Annual administration report of the Civil Veterinary Department of India - 1898-1899
Year: 1898
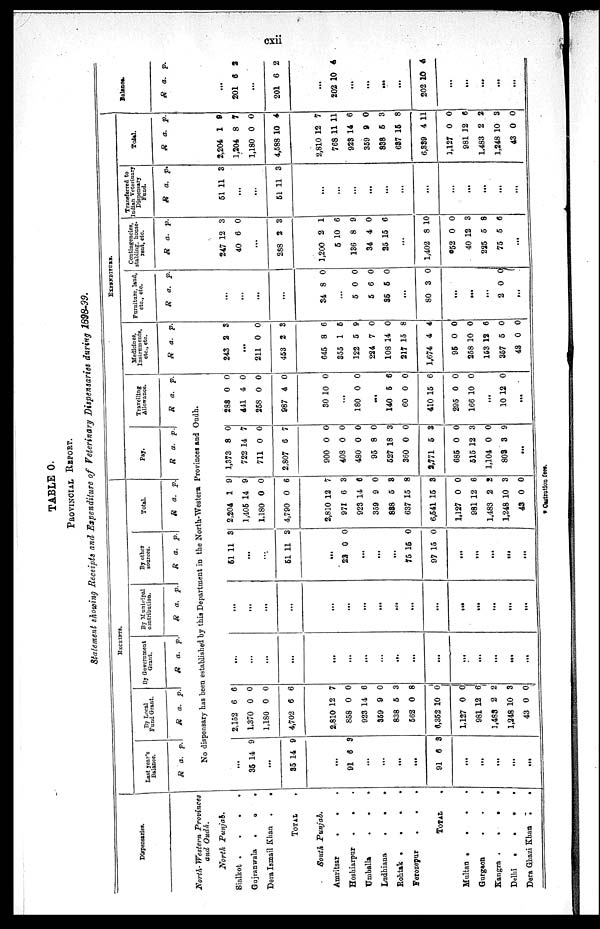
cxii
TABLE O.
PROVINCIAL REPORT.
Statement showing Receipts and Expenditure of Veterinary Dispensaries during 1898-99.
Dispenserles.
North- Western Provinces
and Oudh.
North Punjab.
Sialkot .
.
.
.
Gujranwala
.
.
.
Dera Ismail Khan
.
.
TOTAL
.
South Punjab.
Amritsar
.
.
.
Hoshiarpur
. . .
Umballa
.
.
.
Ludhiana
.
.
.
Rohtak
.
.
.
.
Ferozepur
.
.
..
TOTAL .
Multan
.
.
.
.
Gurgaon
.
.
.
Kangra
.
.
.
Delhi
.
.
.
.
Dera Ghazi Khan
.
.
RECEIPTS.
Last year's
Balance.
R a. p.
By Local
Fund Grant.
R a. p.
By Government
Grant.
R a. p.
By Municipal
contribution.
R a. p.
By other
sources.
R a. p.
Total.
R a. p.
EXPENDITURS.
Pay.
R a. p.
Travelling
Allowance.
R a. p.
Medicines
Instruments
etc., etc.
R a. p.
Furniture land,
etc., etc
R a. p.
Contingencies
stabling, house
rent, etc.
R a. p.
Transferred to
Indian Veterinary
Dispensary
Fund.
R a. p.
Total.
R a. p.
Balance.
R a. p.
No dispensary has been established by this Department in the North-Western Provinces and Oudh.
...
35 14 9
...
35 14 9
...
91 6 9
...
...
...
...
91 6 3
...
...
...
...
...
2,152
1,370
1,180
4,702
6
0
0
6
6
0
0
6
2,810
858
923
359
838
562
6,352
1,127
981
1,483
1,248
43
12
0
14
9
5
0
10
0
12
2
10
0
7
0
6
0
3
8
0
0
6
2
3
0
...
...
...
...
...
...
...
...
...
...
...
...
...
...
...
...
...
...
...
...
...
...
...
...
...
...
...
...
...
...
...
...
51 11 3
...
...
51 11 3
...
22 0 0
...
...
...
75
97
15
15
0
0
...
...
...
...
...
2,204
1,405
1,180
4,790
1
14
0
0
9
9
0
6
2,810
971
923
359
838
637
6,541 1
1,127
981
1,483
1,248
43
12
6
14
9
5
15
5
0
12
2
10
0
7
3
6
0
8
8
3
0
6
2
3
0
1,373
722
711
2,807
8
14
0
6
0
7
0
7
900
408
480
95
527
360
8,771
685
515 1
1,104
803
0
0
0
8
18
0
5
0
2
0 0
3 9
0
0
0
0
3
0
3
0
3
...
288
441
258
987
0
4
0
4
0
0
0
0
30 10 0
...
180 0 0
...
140
60
410
295
166
5
0
15
0
10
6
0
6
0
0
...
10 12 0
...
243 2 3
...
211
453
0
2
0
3
645
355
122
224
108
217
1,674
95
258
153
357
43
8
1
5
7
14
15
4
0
10
12
5
0
6
5
9
0
0
8
4
0
0
6
0
0
...
...
...
...
34 8 0
...
5
5
35
0
6
5
0
0
0
...
80 3 0
...
...
...
2 0 0
...
247
40
12
6
3
0
...
288 2 3
1,200
5
136
34
25
2
10
8
4
15
1
6
9
0
6
...
1,402
52
40
225
75
8 1
0
12
5
5
0
0
3
8
6
...
51 11 3
...
...
51 11 3
...
...
...
...
...
...
...
...
...
..
...
...
2,204
1,204
1,180
4,588
1
8
0
10
9
7
0
4
2,810
768
923
359
838
687
6,339
1,127
981
1,483
1,248
43
12
11 1
14
9
5
15
4
0
12
2
10
0
7
1
6
0
3
8
11
0
6
2
3
0
...
201 6 2
...
201 6 2
...
202 10 4
...
...
...
...
202 10
4
...
...
...
...
...
* Castration fees.